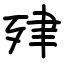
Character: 肂